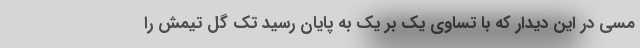
مسی در این دیدار که با تساوی یک بر یک به پایان رسید تک گل تیمش را